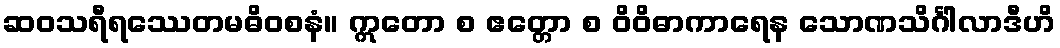
ဆဝသရီရဿေတမဓိဝစနံ။ ဣတော စ ဧတ္တော စ ဝိဝိဓာကာရေန သောဏသိင်္ဂါလာဒီဟိ